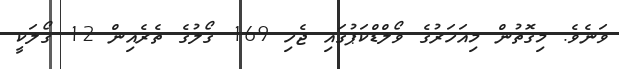
ވަނެވެ. މިގޮތުން މިއަހަރުގެ ވޯލްޑްކަޕުގައި ޖެހި 169 ގޯލުގެ ތެރެއިން 12 ގޯލަކީ